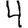
Digit: 4